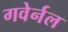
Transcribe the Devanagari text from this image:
गवेर्नल